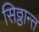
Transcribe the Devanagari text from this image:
सिठ्ठान्त